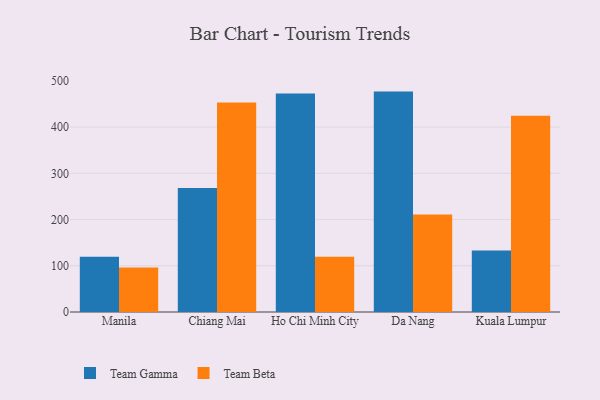
{"axis": {"x": "City", "y": "LTV (USD)"}, "legend": ["Team Beta", "Team Gamma"], "data": [{"x": "Manila", "y": 119.4, "type": "Team Gamma"}, {"x": "Manila", "y": 96.4, "type": "Team Beta"}, {"x": "Chiang Mai", "y": 268.5, "type": "Team Gamma"}, {"x": "Chiang Mai", "y": 453.2, "type": "Team Beta"}, {"x": "Ho Chi Minh City", "y": 472.8, "type": "Team Gamma"}, {"x": "Ho Chi Minh City", "y": 119.7, "type": "Team Beta"}, {"x": "Da Nang", "y": 476.9, "type": "Team Gamma"}, {"x": "Da Nang", "y": 210.8, "type": "Team Beta"}, {"x": "Kuala Lumpur", "y": 133.2, "type": "Team Gamma"}, {"x": "Kuala Lumpur", "y": 424.9, "type": "Team Beta"}]}